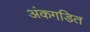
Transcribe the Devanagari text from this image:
अंकगडित